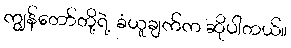
ကျွန်တော်တို့ရဲ့ ခံယူချက်က ဆိုပါတယ်။